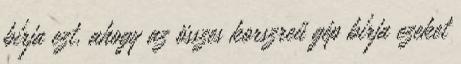
bírja ezt, ahogy az összes korszreű gép bírja ezeket